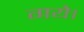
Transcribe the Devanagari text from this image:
गयेे।